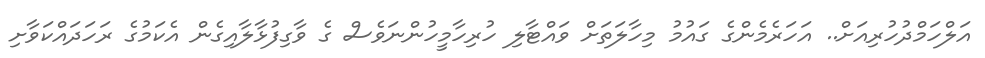
އަލްހަމްދުހުރިއަށް.. އަހަރެމެންގެ ގައުމު މިހާލަތަށް ވައްޓާލި ހުރިހާމީހުންނަވެސް ގެ ވާގިފުޅާލާއިގެން އެކަމުގެ ރަހަދައްކަވާށި